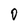
Character: 0